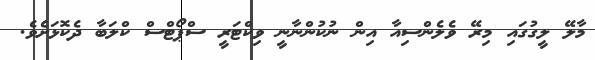
މާލޭ ލީގުގައި މިރޭ ވެލެންސިއާ އިން ނުކުންނާނީ ވިކްޓަރީ ސްޕޯޓްސް ކްލަބާ ދެކޮޅަށެވެ.